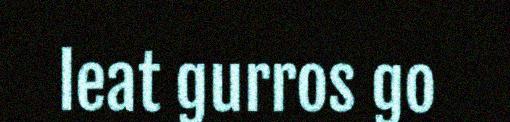
leat gurros go